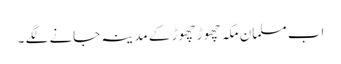
اب مسلمان مکہ چھوڑ چھوڑ کے مدینہ جانے لگے ۔